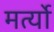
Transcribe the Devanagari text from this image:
मर्त्यो